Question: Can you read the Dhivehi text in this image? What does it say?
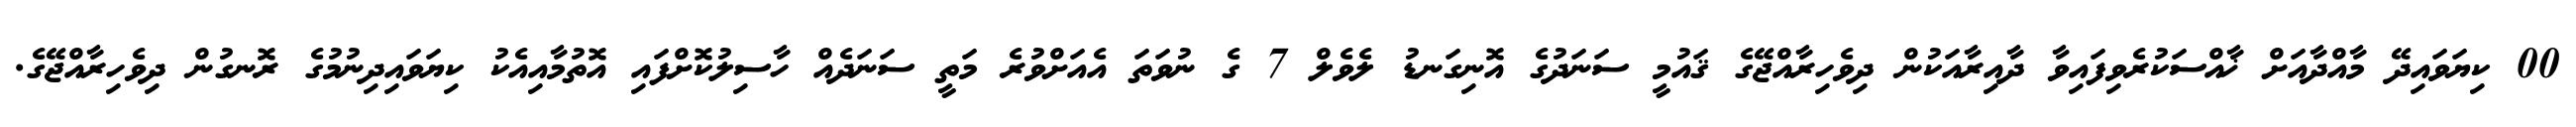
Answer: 00 ކިޔަވައިދޭ މާއްދާއަށް ޚާއްސަކުރެވިފައިވާ ދާއިރާއަކުން ދިވެހިރާއްޖޭގެ ޤައުމީ ސަނަދުގެ އޮނިގަނޑު ލެވެލް 7 ގެ ނުވަތަ އެއަށްވުރެ މަތީ ސަނަދެއް ހާސިލުކޮށްފައި އޮތުމާއިއެކު ކިޔަވައިދިނުމުގެ ރޮނގުން ދިވެހިރާއްޖޭގެ.